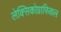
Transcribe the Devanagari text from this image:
लेक्सिकोग्राफिकल